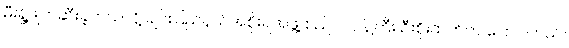
မီးရှို့ဖျက်ဆီးခဲ့တယ်လို့ ချင်းပြည်နယ်အစိုးရအဖွဲ့ စည်ပင်ဝန်ကြီး ဦးစိုးထက်က ပြောပါတယ်။